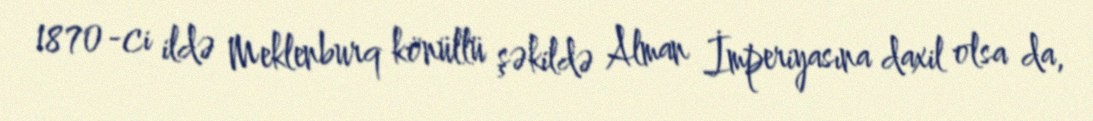
1870-ci ildə Meklenburq könüllü şəkildə Alman İmperiyasına daxil olsa da,